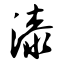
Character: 漆